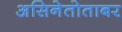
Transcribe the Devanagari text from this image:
असिनेतोताबर